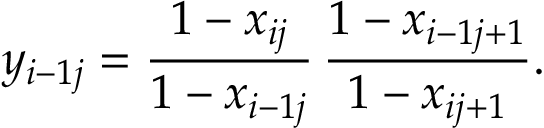
y _ { i - 1 j } = \frac { 1 - x _ { i j } } { 1 - x _ { i - 1 j } } \, \frac { 1 - x _ { i - 1 j + 1 } } { 1 - x _ { i j + 1 } } .